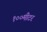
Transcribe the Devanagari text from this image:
१००मीटर